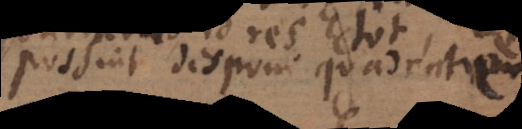
possint disponi quadratum